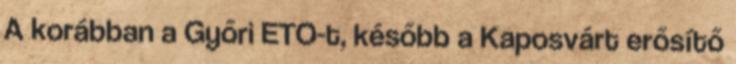
A korábban a Győri ETO-t, később a Kaposvárt erősítő